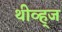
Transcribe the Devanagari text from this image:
थीव्ह्‌ज